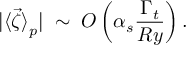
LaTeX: | { \langle \vec { \zeta } \rangle } _ { p } | \; \sim \; O \left( \alpha _ { s } \frac { \Gamma _ { t } } { R y } \right) .